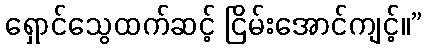
ရှောင်သွေထက်ဆင့် ငြိမ်းအောင်ကျင့်။”